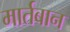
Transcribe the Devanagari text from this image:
मार्तबान